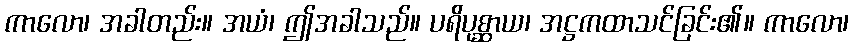
ကာလော၊ အခါတည်း။ အယံ၊ ဤအခါသည်။ ပရိပုစ္ဆာယ၊ အဋ္ဌကထာသင်ခြင်း၏။ ကာလော၊